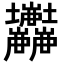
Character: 𡔘